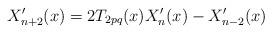
LaTeX: \begin{align*}X'_{n+2}(x)=2T_{2p q }(x)X'_n(x)-X'_{n-2}(x)\end{align*}